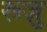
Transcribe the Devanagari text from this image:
रूज़ु